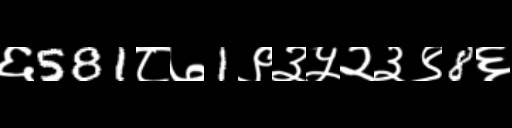
Text: ६581८७1९३५२३९8६